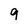
Character: 9